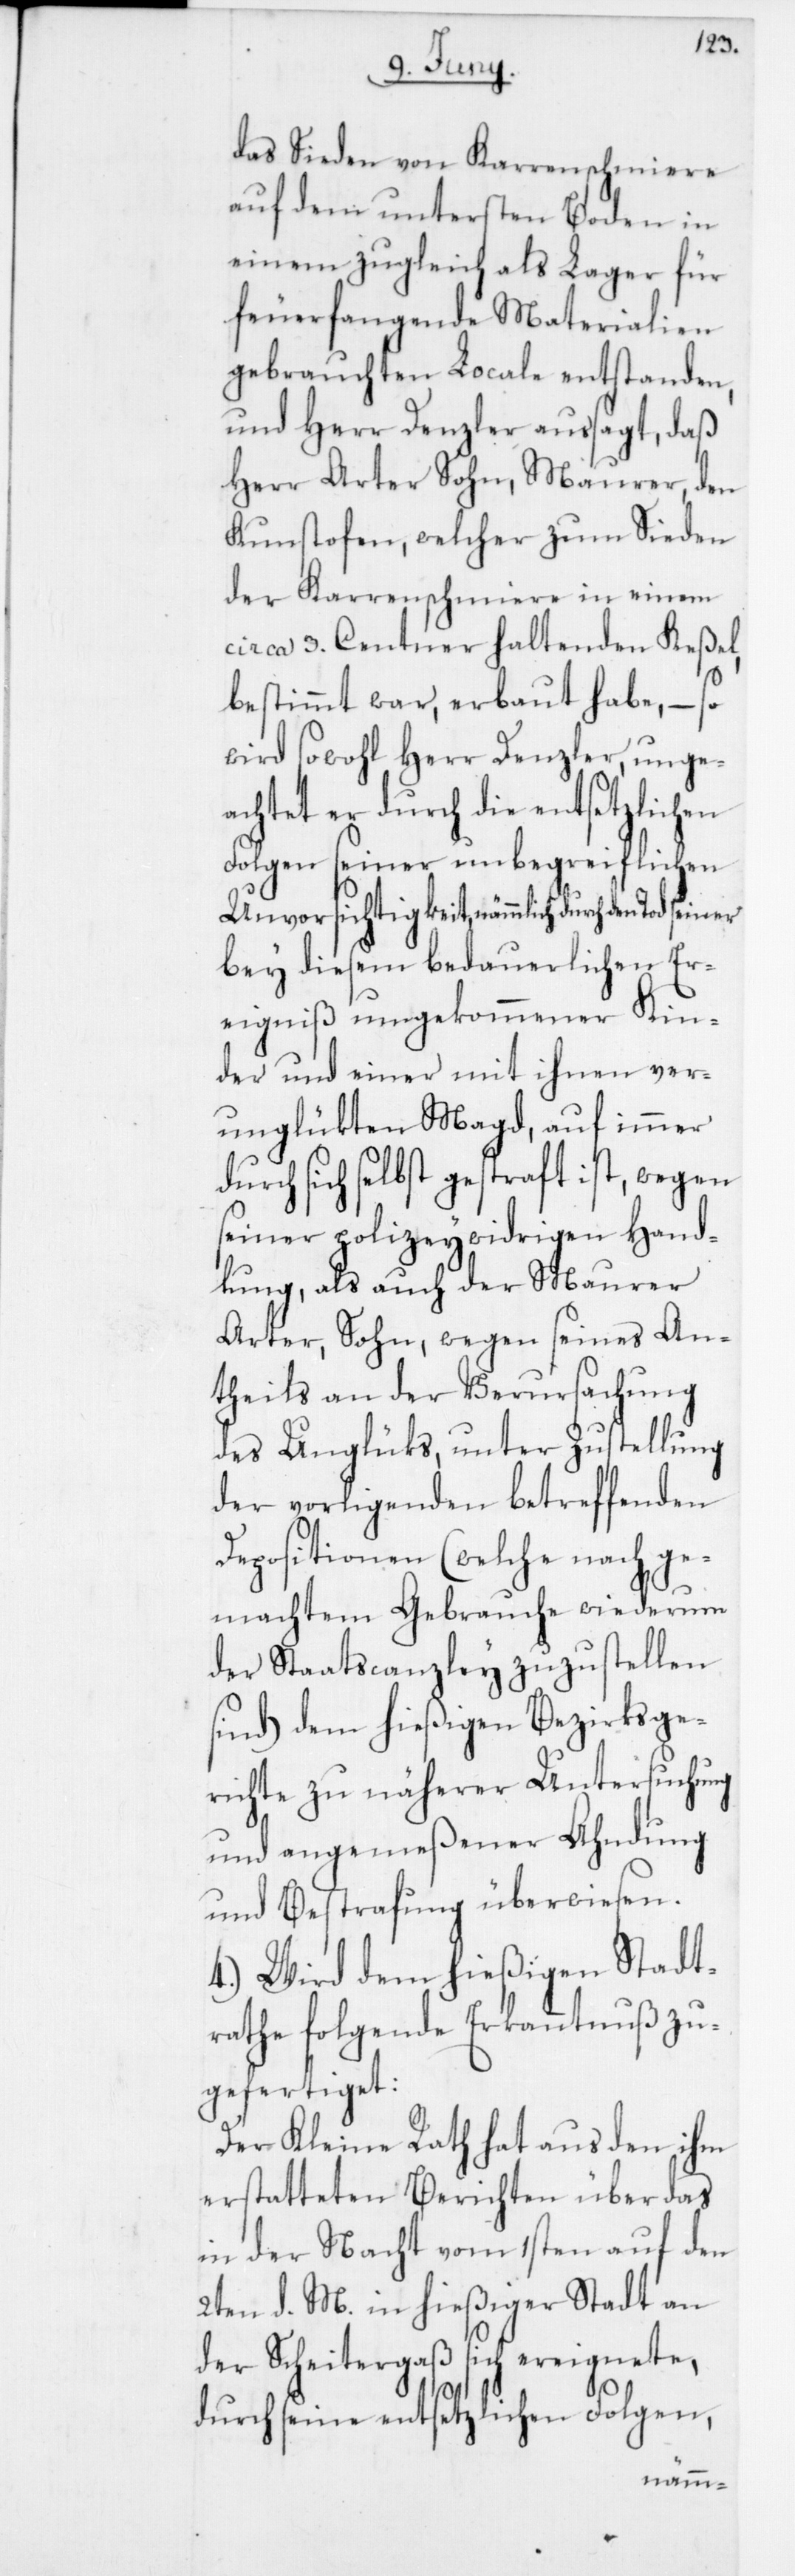
das Sieden von Karrenschmiere
auf dem untersten Boden in
einem zugleich als Lager für
feuerfangende Materialien
gebrauchten Locale entstanden,
und Herr Denzler aussagt, daß
Herr Arter Sohn, Maurer, den
Kunstofen, welcher zum Sieden
der Karrenschmiere in einem
circa 3. Centner haltenden Keßel,
bestimmt war, erbaut habe, – so
wird sowohl Herr Denzler, unge¬
achtet er durch die entsetzlichen
Folgen seiner unbegreiflichen
Unvorsichtigkeit, nämmlich durch den Tod seiner
bey diesem bedauerlichen Er¬
eigniß umgekommener Kin¬
der und einer mit ihnen ver¬
unglükten Magd, auf immer
durch sich selbst gestraft ist, wegen
seiner polizeywidrigen Hand¬
lung, als auch der Maurer
Arter, Sohn, wegen seines An¬
theils an der Verursachung
des Unglüks, unter Zustellung
der vorligenden betreffenden
Depositionen (welche nach ge¬
machtem Gebrauche wiederum
der Staatscanzley zuzustellen
sind) dem hießigen Bezirksge¬
richte zu näherer Untersuchung
und angemßener Ahndung
und Bestrafung überwiesen.
4. Wird dem hießigen Stadt¬
rathe folgende Erkanntnuß zu¬
gefertiget:
Der Kleine Rath hat aus den ihm
erstatteten Berichten über das
in der Nacht vom 1sten auf den
2ten d. M. in hießiger Stadt an
der Scheitergaß sich ereignete,
durch seine entsetzlichen Folgen,